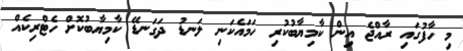
މި ހާފުގައި ރާއްޖެ އިން ކާމިޔާބުކުރި ހަމައެކަނި ލަނޑު ދަގަނޑޭ ކާމިޔާބުކޮށް ހެޓްރިކެއް